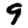
Digit: 9